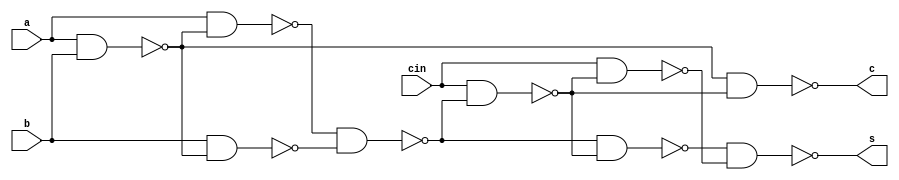
module fa(input a,b,cin,output s,c);
wire [6:0]w;


nand n0(w[0],a,b);
nand n1(w[1],a,w[0]);
nand n2(w[2],b,w[0]);
nand n3(w[3],w[1],w[2]);
nand n4(w[4],cin,w[3]);
nand n5(w[5],w[3],w[4]);
nand n6(w[6],cin,w[4]);
nand n7(s,w[5],w[6]);
nand n8(c,w[0],w[4]);
endmodule